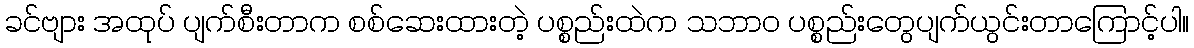
ခင်ဗျား အထုပ် ပျက်စီးတာက စစ်ဆေးထားတဲ့ ပစ္စည်းထဲက သဘာဝ ပစ္စည်းတွေပျက်ယွင်းတာကြောင့်ပါ။